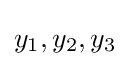
y_{1},y_{2},y_{3}